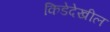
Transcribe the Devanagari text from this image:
किडेदेखील